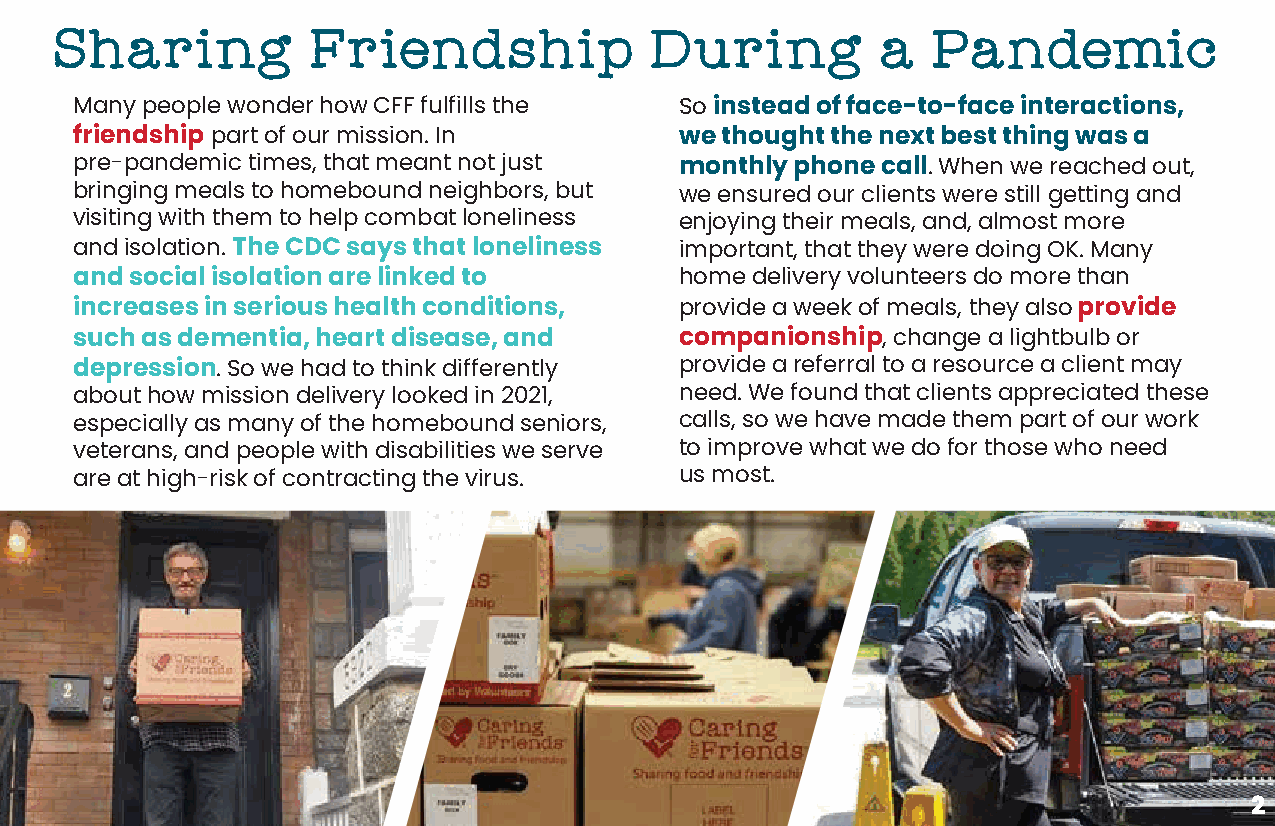
S�a�i�g�F�i�n�s�i�                     �u�i�g�a�P�n�e�i�
 Many people wonder how CFF fulfills the So instead of face-to-face interactions,
 friendship part of our mission. In      we thought the next best thing was a
 pre-pandemic times, that meant not just monthly phone call. When we reached out,
 bringing meals to homebound neighbors, but we ensured our clients were still getting and
 visiting with them to help combat loneliness enjoying their meals, and, almost more
 and isolation. The CDC says that loneliness important, that they were doing OK. Many
 and social isolation are linked to      home delivery volunteers do more than
 increases in serious health conditions, provide a week of meals, they also provide
 such as dementia, heart disease, and    companionship, change a lightbulb or
 depression. So we had to think differently provide a referral to a resource a client may
 about how mission delivery looked in 2021, need. We found that clients appreciated these
 especially as many of the homebound seniors, calls, so we have made them part of our work
 veterans, and people with disabilities we serve to improve what we do for those who need
 are at high-risk of contracting the virus. us most.
 2